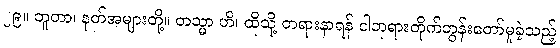
၂၉။ ဘူတာ၊ နတ်အများတို့။ တသ္မာ ဟိ၊ ထိုသို့ တရားနာရန် ငါဘုရားတိုက်တွန်းတော်မူခဲ့သည့်